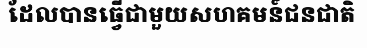
ដែលបានធ្វើជាមួយសហគមន៍ជនជាតិ